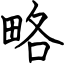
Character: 略